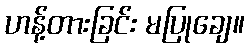
ဟန့်တားခြင်း မပြုချေ။